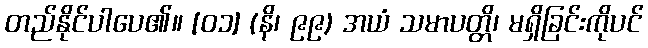
တည်နိုင်ပါပေ၏။ [၀၁] (နိ၊ ၉၉) အယံ သမာပတ္တိ၊ မရှိခြင်းကိုပင်